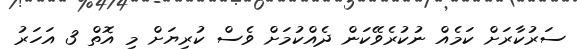
ސަރުކާރަށް ކަމެއް ނުކުރެވޭކަން ދެއްކުމަށް ވެސް ކުރިޔަށް މި އޮތް 3 އަހަރު